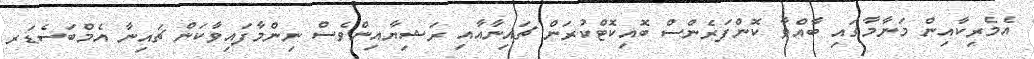
އެމެރިކާއިން މަނާމާގައި ބާއްވާ ކޮންފަރެންސް ބޮއިކޮޓްކުރަން ޗައިނާއާއި ރަޝިޔާއިންވެސް ނިންމާފައިވާކަން ޗައިނާ އެމްބަސެޑަރ